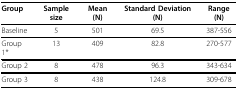
| Group | Sample size | Mean (N) | Standard Deviation (N) | Range (N) |
 | --- | --- | --- | --- | --- |
 | Baseline | 5 | 501 | 69.5 | 387-556 |
 | Group 1* | 13 | 409 | 82.8 | 270-577 |
 | Group 2 | 8 | 478 | 96.3 | 343-634 |
 | Group 3 | 8 | 438 | 124.8 | 309-678 |